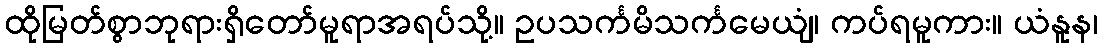
ထိုမြတ်စွာဘုရားရှိတော်မူရာအရပ်သို့။ ဥပသင်္ကမိသင်္ကမေယျံ၊ ကပ်ရမူကား။ ယံနူန၊